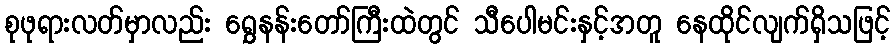
စုဖုရားလတ်မှာလည်း ရွှေနန်းတော်ကြီးထဲတွင် သီပေါမင်းနှင့်အတူ နေထိုင်လျက်ရှိသဖြင့်